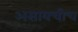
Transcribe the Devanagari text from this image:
असायचीच